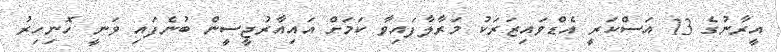
އީރާނުގެ 13 އަސްކަރީ އެޑްވައިޒަރަކު މަރާލާފައިވާ ކަމަށް އައިއާރުޖީސީން ބުނެފައި ވަނީ ހޮނިހިރު